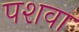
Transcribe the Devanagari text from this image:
पशवा